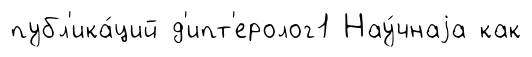
публ'ика́ций д'ипт'еролог1 Нау́чнаjа как